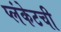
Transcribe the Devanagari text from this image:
प्लंकेटची